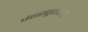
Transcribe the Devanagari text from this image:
पंढरपूरवारी